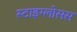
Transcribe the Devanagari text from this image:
स्टाइग्लोसस